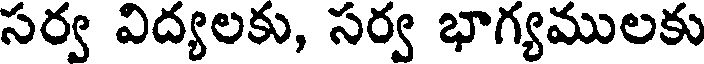
సర్వ విద్యలకు, సర్వ భాగ్యములకు